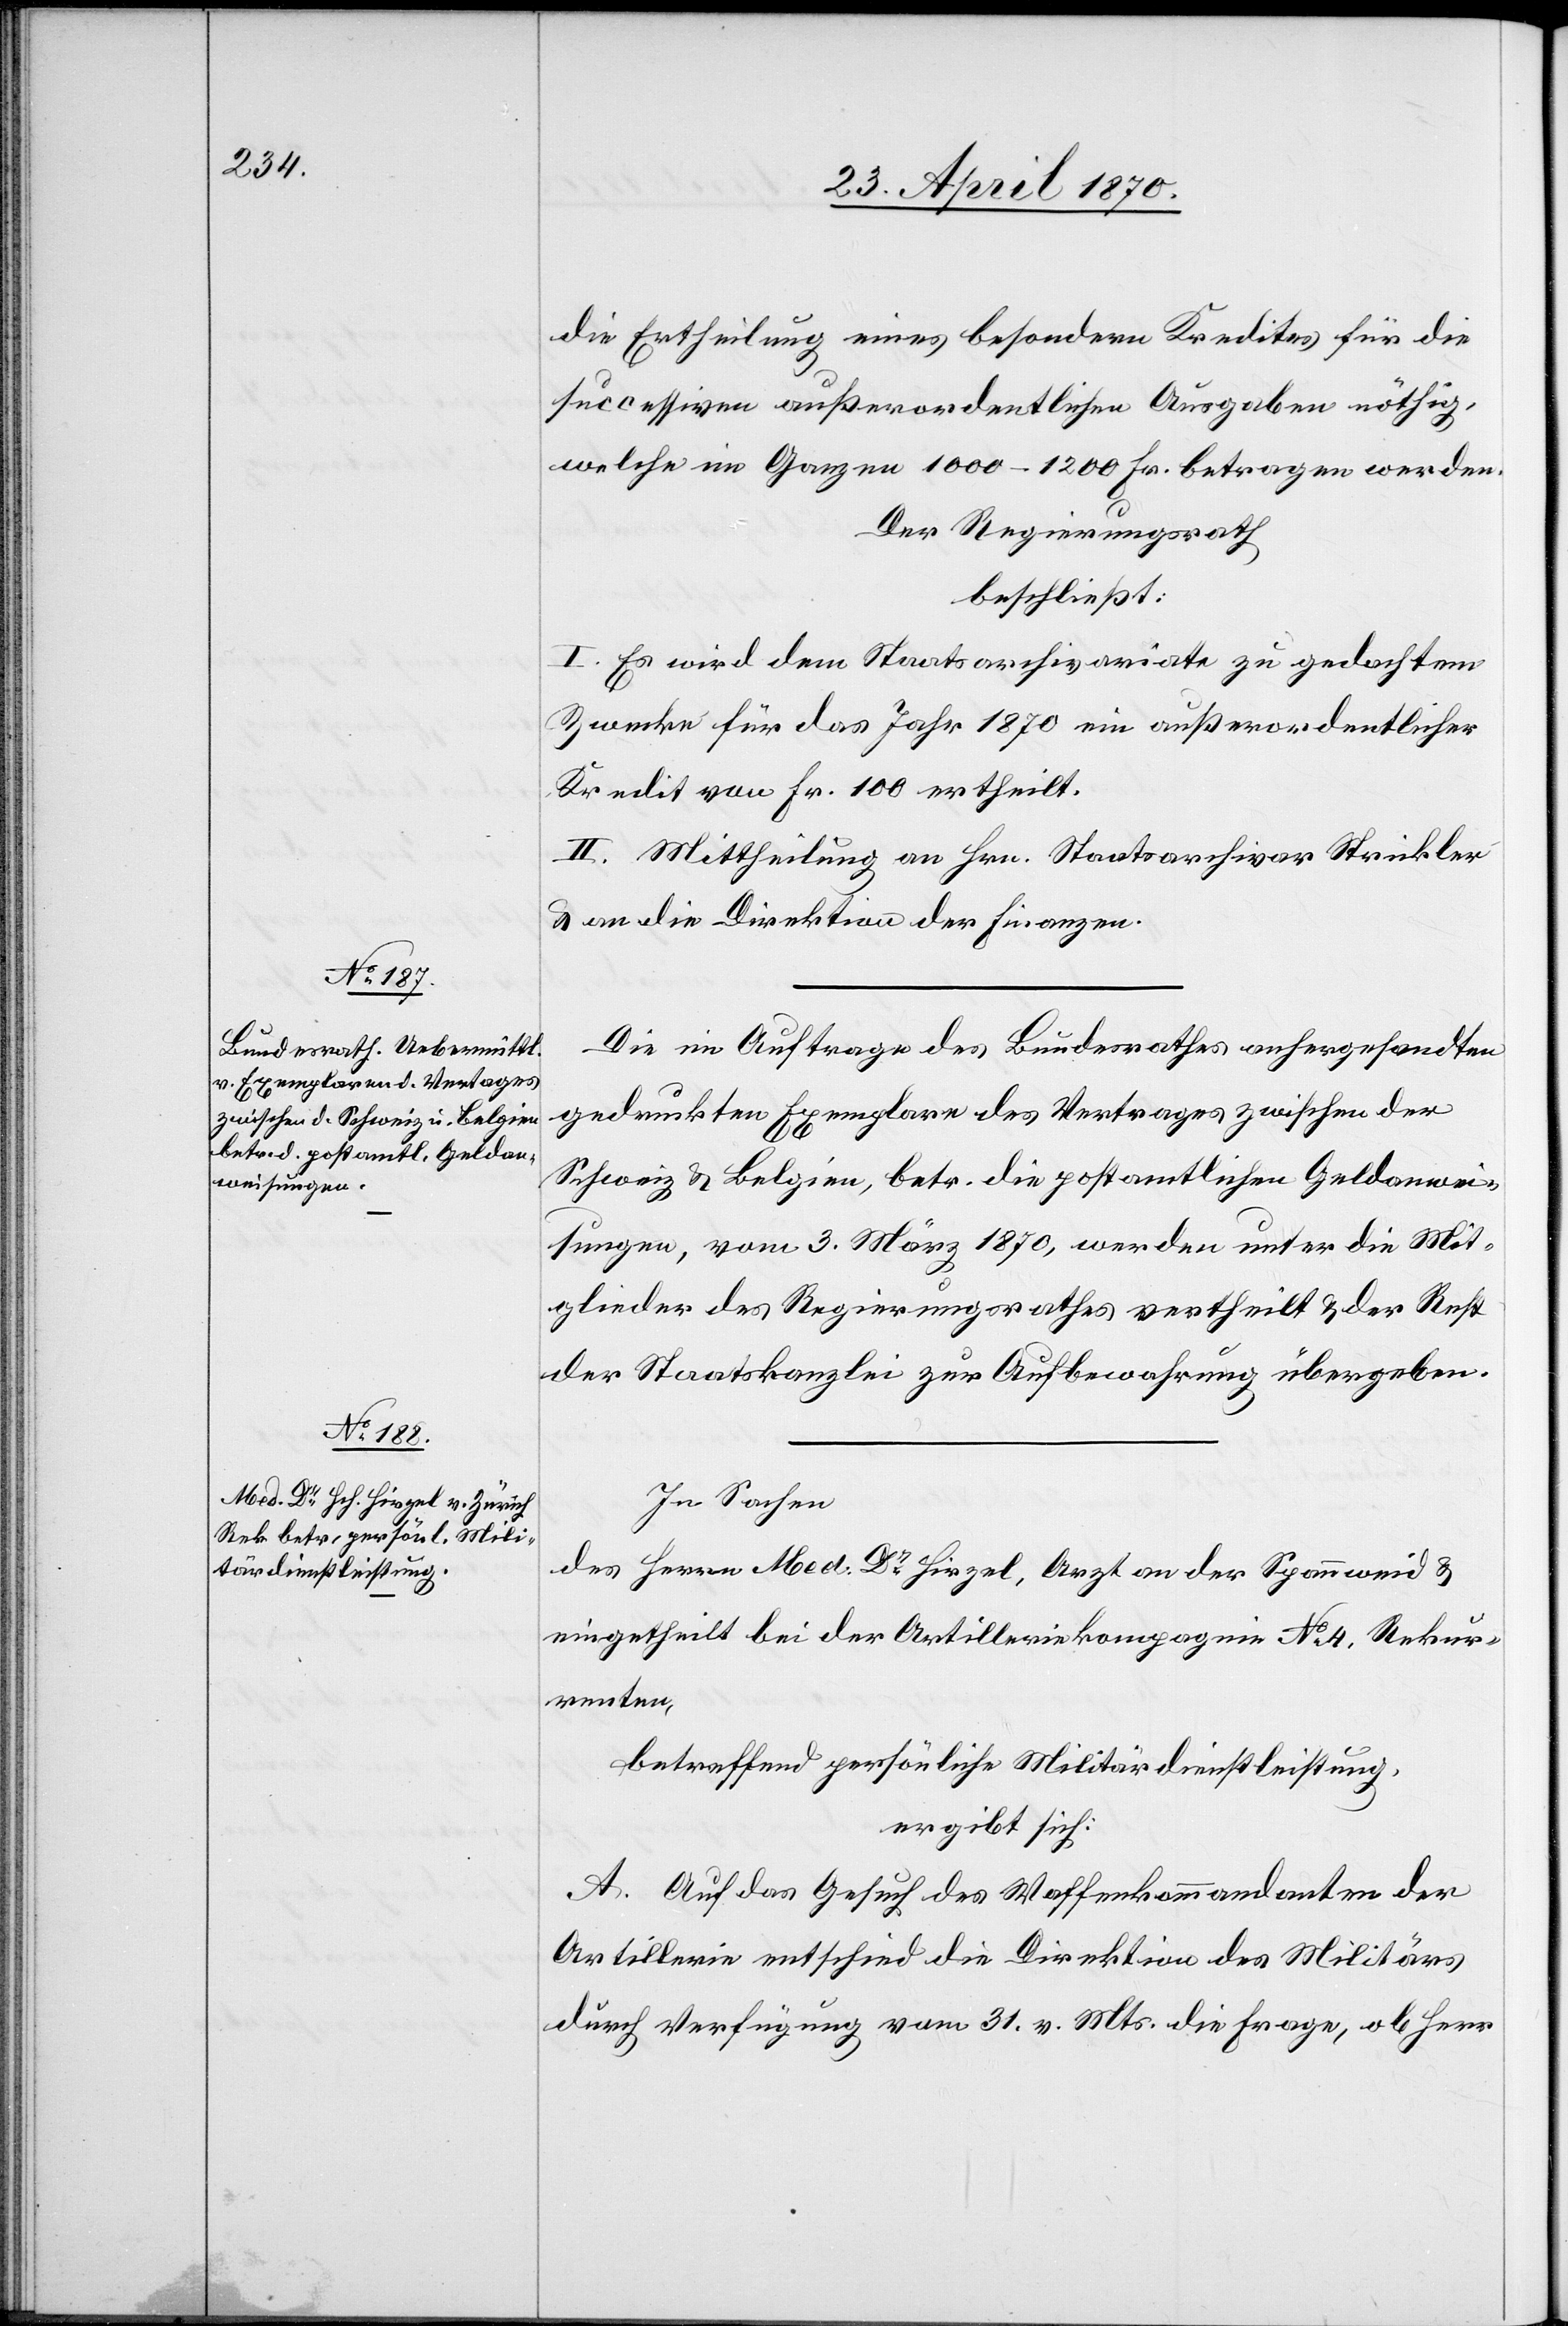
die Ertheilung eines besondern Kredites für die
successiven außerordentlichen Ausgaben nöthig,
welche im Ganzen 1000–1200 Fr. betragen werden.
Der Regierungsrath,
beschließt:
I. Es wird dem Staatsarchivariate zu gedachtem
Zwecke für das Jahr 1870 ein außerordentlicher
Kredit von Fr. 100 ertheilt.
II. Mittheilung an Hrn. Staatsarchivar Strickler
& an die Direktion der Finanzen.
Die im Auftrage des Bundesrathes anhergesandten
gedruckten Exemplare des Vertrages zwischen der
Schweiz & Belgien, betr. die postamtlichen Geldanwei¬
sungen, vom 3. März 1870, werden unter die Mit¬
glieder des Regierungsrathes vertheilt & der Rest
der Staatskanzlei zur Aufbewahrung übergeben.
In Sachen
des Herrn Med. Dr Hirzel, Arzt an der Spannweid &
eingetheilt bei der Artilleriekompagnie No 4, Rekur¬
renten,
betreffend persönliche Militärdienstleistung,
ergibt sich:
A. Auf das Gesuch des Waffenkommandanten der
Artillerie entschied die Direktion des Militärs
durch Verfügung vom 31. v. Mts. die Frage, ob Herr